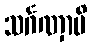
သင်္ဂဏှာမိ